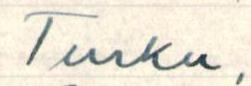
Turku